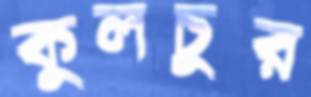
কুলচুর